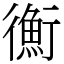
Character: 𢖍